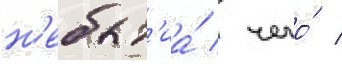
н'ебыт'иа́ / чего́ /